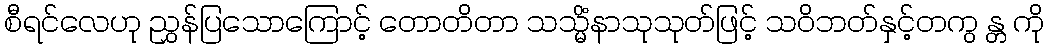
စီရင်လေဟု ညွှန်ပြသောကြောင့် တောတိတာ သသ္မိံနာသုသုတ်ဖြင့် သဝိဘတ်နှင့်တကွ န္တ ကို